Vaccination in the Punjab 1905-1918 - 1905-1918
Year: 1905
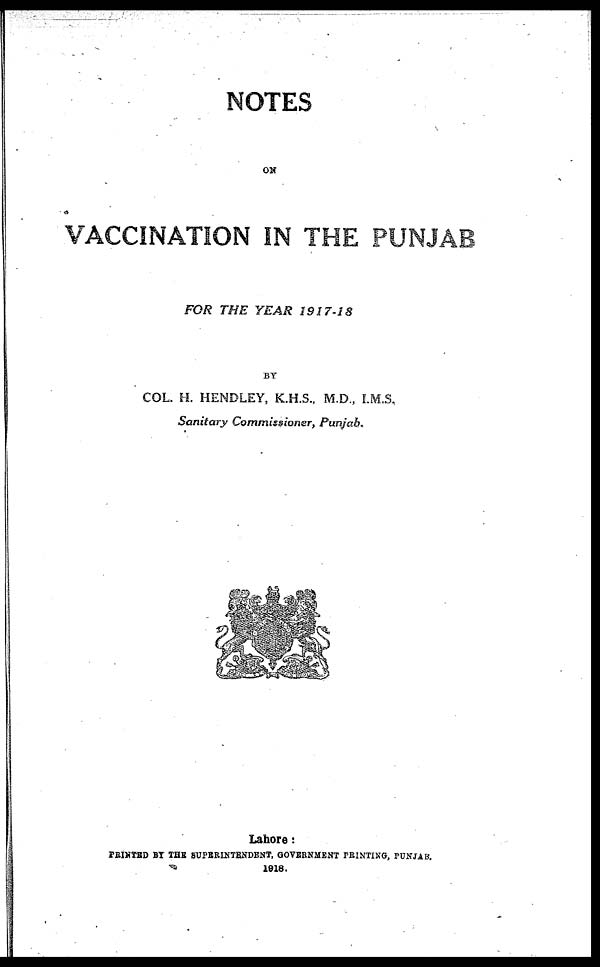
NOTES
ON
VACCINATION IN THE PUNJAB
FOR THE YEAR
1917-18
BY
COL. H. HENDLEY, K.H.S., M.D., I.M.S,
Sanitary Commissioner,
Punjab.
Lahore:
PRINTED BY THE SUPERINTENDENT, GOVERNMENT PRINTING, PUNJAB.
1918.